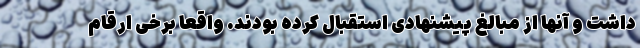
داشت و آنها از مبالغ پیشنهادی استقبال کرده بودند. واقعاً برخی ارقام